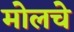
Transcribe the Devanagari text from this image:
मोलचे